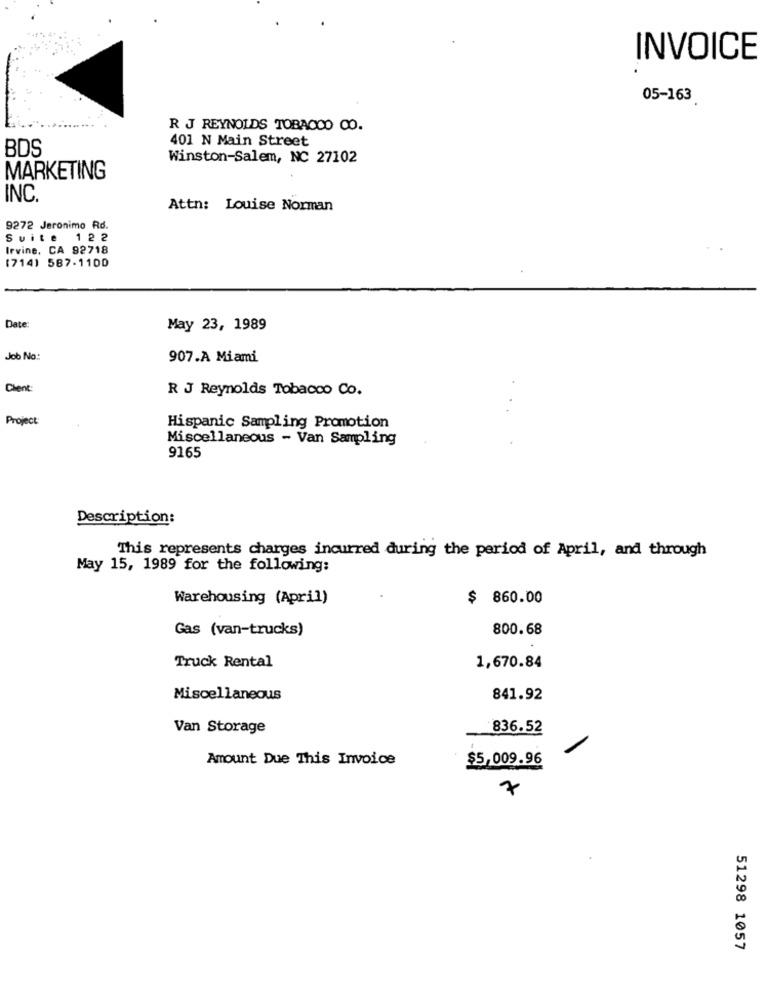
INVOICE
05-163
R J REYNOLDS TOBACCO CO.
401 N Main Street
BDS
Winston-Salem, NC 27102
MARKETING
INC.
Attn: Louise Norman
9272 Jeronimo Rd.
Suite 122
Irvine, CA 92718
(714) 587-1100
Date
May 23, 1989
Job No:
907.A Miami
Chent:
R J Reynolds Tobacco Co.
Project:
Hispanic Sampling Promotion
Miscellaneous - Van Sampling
9165
Description:
This represents charges incurred during the period of April, and through
May 15, 1989 for the following:
Warehousing (April)
$ 860.00
Gas (van-trucks)
800.68
Truck Rental
1,670.84
Miscellaneous
841.92
Van Storage
836.52
Amount Due This Invoice
$5,009.96
7
51298 1057